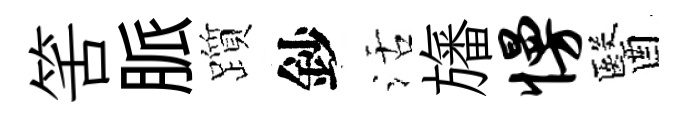
筈脈躓鈔活旛慢醫